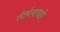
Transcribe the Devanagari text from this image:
तीर्थयात्राही